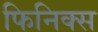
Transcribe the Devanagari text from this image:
फिनिक्‍स